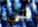
شيء